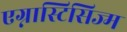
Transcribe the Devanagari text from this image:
एग्नास्टिसिज्म